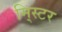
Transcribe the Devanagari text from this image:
मि्स्टर